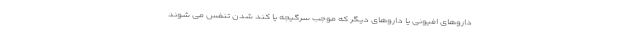
داروهای افیونی یا داروهای دیگر که موجب سرگیجه یا کند شدن تنفس می شوند